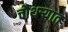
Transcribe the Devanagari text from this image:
चौथऱ्यात